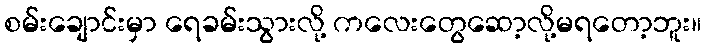
စမ်းချောင်းမှာ ရေခမ်းသွားလို့ ကလေးတွေဆော့လို့မရတော့ဘူး။